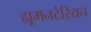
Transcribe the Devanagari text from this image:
ह्यूमनटेरियन